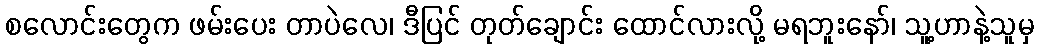
စလောင်းတွေက ဖမ်းပေး တာပဲလေ၊ ဒီပြင် တုတ်ချောင်း ထောင်လားလို့ မရဘူးနော်၊ သူ့ဟာနဲ့သူမှ